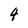
Character: 4